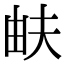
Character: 𤱁